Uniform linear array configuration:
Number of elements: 32
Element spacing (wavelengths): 1
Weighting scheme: kaiser
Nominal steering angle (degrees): -30
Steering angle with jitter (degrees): -30.52
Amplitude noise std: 0.05
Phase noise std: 0.05

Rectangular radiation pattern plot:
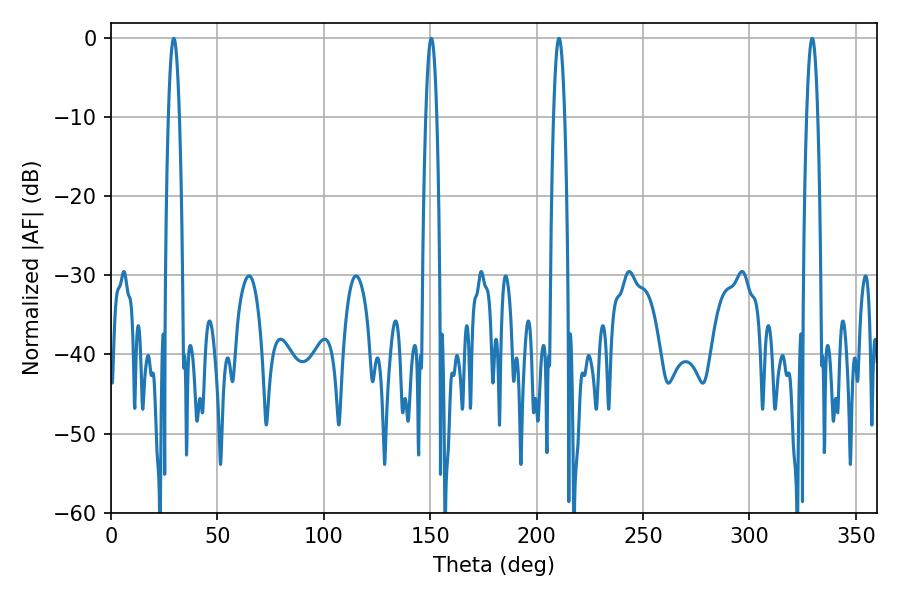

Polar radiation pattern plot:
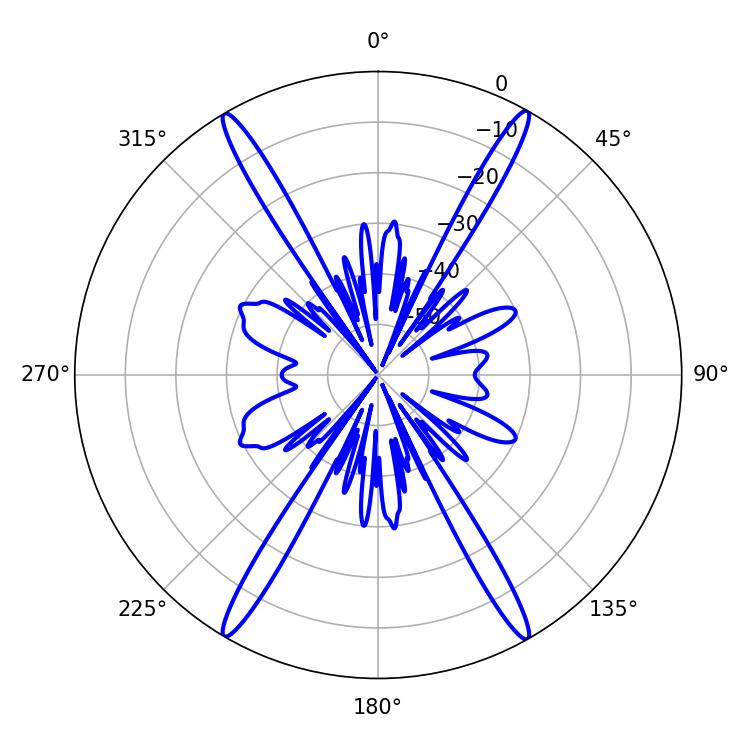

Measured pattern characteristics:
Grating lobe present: TRUE
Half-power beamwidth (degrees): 2.88
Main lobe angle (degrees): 29.52